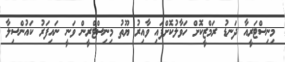
މިނިސްޓަރީއާ ދަނޑު ރަމްޒީކޮށް ހަވާލުކޮށްފައި ވާއިރު ޔޫތު މިނިސްޓްރީން ވަނީ ނައިފަރު ކައުންސިލާ